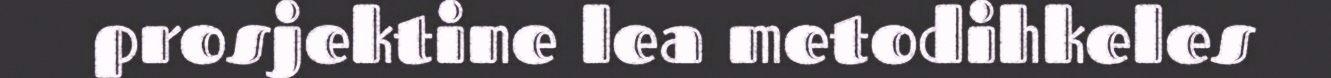
prosjektine lea metodihkeles